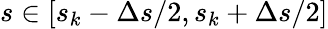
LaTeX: s\in[s_{k}-\Delta s/2,s_{k}+\Delta s/2]